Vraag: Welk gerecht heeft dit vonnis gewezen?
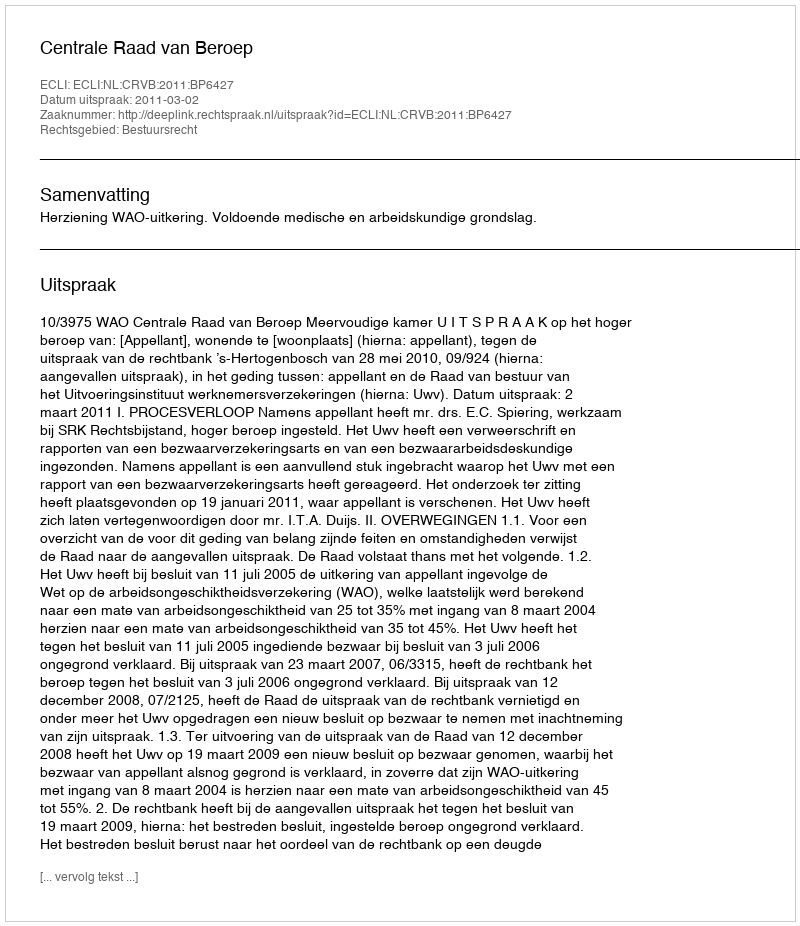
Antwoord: Centrale Raad van Beroep